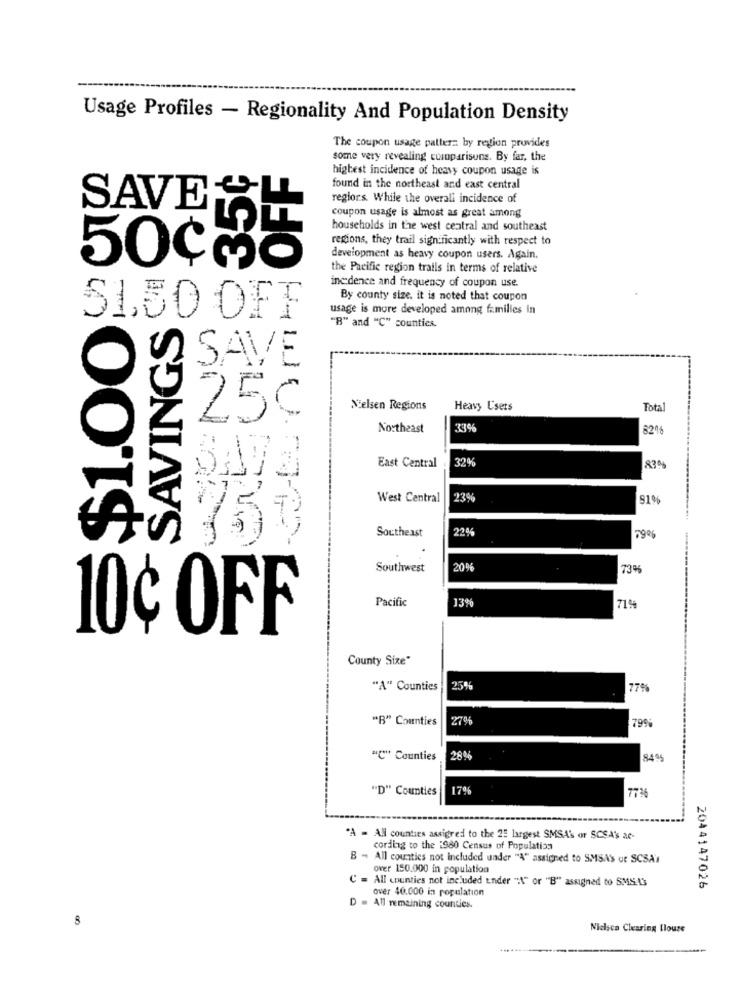
Usage Profiles - Regionality And Population Density
The coupon usage patterz by region provides
some very revealing comparisons. By far, the
35¢
OFF
highest incidence of heavy coupon usage is
found in the northeast and east central
SAVE
reglors. While the overall incidence of
coupon usage is almost as great among
households in the west central and southeast
regions, they trail significantly with respect to
development as heavy coupon users. Again.
50CMo
the Pacific region trails in terms of relative
incdence and frequency of coupon use.
By county size. it is noted that coupon
usage is more developed among families in
=$1.00
$1,50 OFF
SAVINGS
"B" and "C" counties.
SAVE
Nielsen Regions
Heavy Users
Total
25¢
Northeast
821
329
East Central
83%
West Central
23%
91%
Southeast
22%
750
Southwest
209
Pacific
13%
71%
10¢ OFF
County Size"
"A" Counties
25%
77%
"B" Counties
27%
799
"C" Counties
28%
84ª5
"D" Counties
17%
773
"A - All counties assigned to the 25 largest SMSA' or SCSA's ae-
cordlig to the 1980 Census of Population
B - All counties not Included under "A" assigned to SMSA'S or SCSA'
over 150.000 in population
C = All counties not included under "A" or "B" assigned to SMS IS
over 40.000 in population
2044147026
D = All remaining counties.
8
Nielsca Clearing blouse